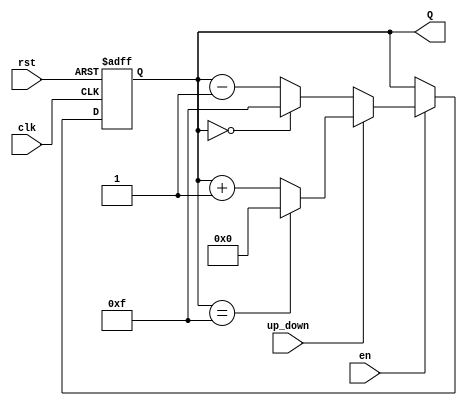
module binary_counter #(
    parameter WIDTH = 4 // Parameter to define the width of the counter
)(
    input wire clk,      // Clock input
    input wire rst,      // Asynchronous reset input
    input wire en,       // Enable input
    input wire up_down,  // Control signal for counting direction (1 for up, 0 for down)
    output reg [WIDTH-1:0] Q // Counter output
);

    // Asynchronous reset and counting logic
    always @(posedge clk or posedge rst) begin
        if (rst) begin
            Q <= 0; // Reset the counter to 0
        end else if (en) begin
            if (up_down) begin
                Q <= (Q == {WIDTH{1'b1}}) ? 0 : Q + 1; // Count up with wrap around
            end else begin
                Q <= (Q == 0) ? {WIDTH{1'b1}} : Q - 1; // Count down with wrap around
            end
        end
    end

endmodule